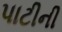
પાટીની